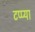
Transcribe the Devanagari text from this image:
टप्प्या